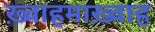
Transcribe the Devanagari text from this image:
ख़्वाहमाख़्वाह